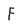
Character: F